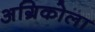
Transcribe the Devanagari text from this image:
अग्रिकोला